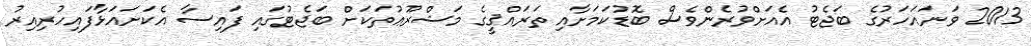
2013 ވަނައަހަރުގެ ބަޖެޓު އެއަށްވުރެންވެސް ބޮޑުކަމަށާއި ތަރައްޤީގެ މަޝްރޫޢުތަކަށް ބަޖެޓުގައި ފައިސާ އެކަށައަޅާފައިހުރިއިރު